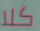
كلا